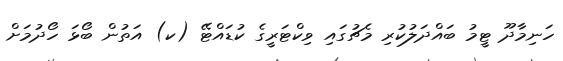
ހަނިމާދޫ ޓީމު ބައްދަލުކުރި މެޗުގައި ވިކްޓަރީގެ ކުޑައްޓޭ (ކ) އަތުން ބޯޅަ ހޯދުމަށް